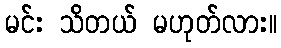
မင်း သိတယ် မဟုတ်လား။